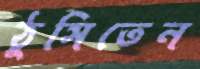
ঠুসিতেন